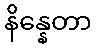
နိန္နေတာ